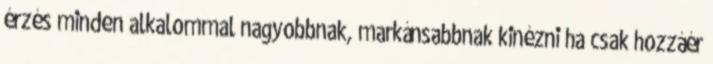
érzés minden alkalommal nagyobbnak, markánsabbnak kinézni ha csak hozzáér